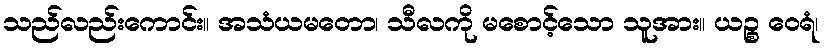
သည်လည်းကောင်း။ အသံယမတော၊ သီလကို မစောင့်သော သူအား။ ယဉ္စ ဝေရံ၊